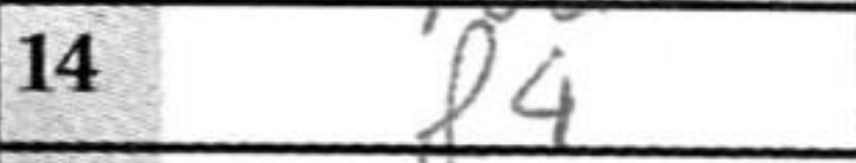
Transcription: f4